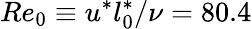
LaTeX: Re_{0}\equiv u^{*}l_{0}^{*}/\nu=80.4